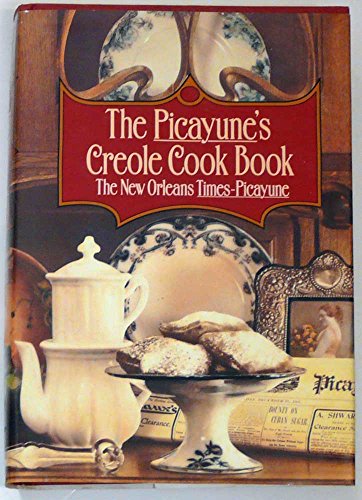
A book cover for The Picayune's Creole Cook Book; New Orleans Times-Picayune; Cookbooks, Food & Wine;